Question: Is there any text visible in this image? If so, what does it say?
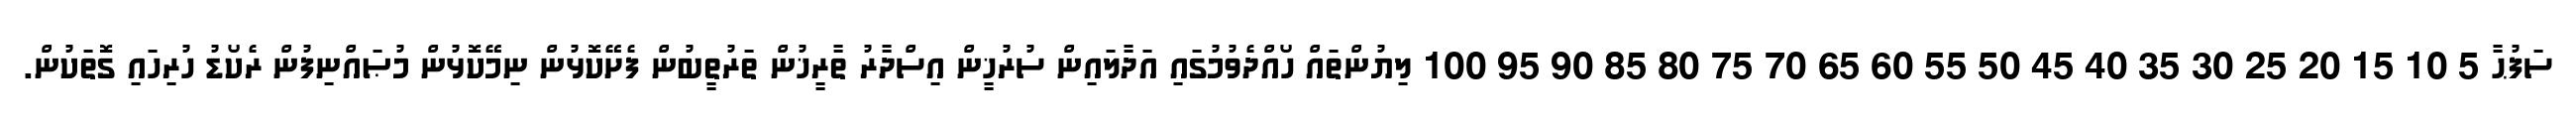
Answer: ސަފުޙާ 5 10 15 20 25 30 35 40 45 50 55 60 65 70 75 80 85 90 95 100 ލިޔުންތައް ހޯއްދެވުމުގައި އަދާލައިން ސުރުޚީން އިސްދާރު ތާރީޚުން ތަރުތީބުން ފެށޭކޮޅުން ނިމޭކޮޅުން މުޞައްނިފުން ރެކޯޑު ހުރިހައި ގޮތަކުން.